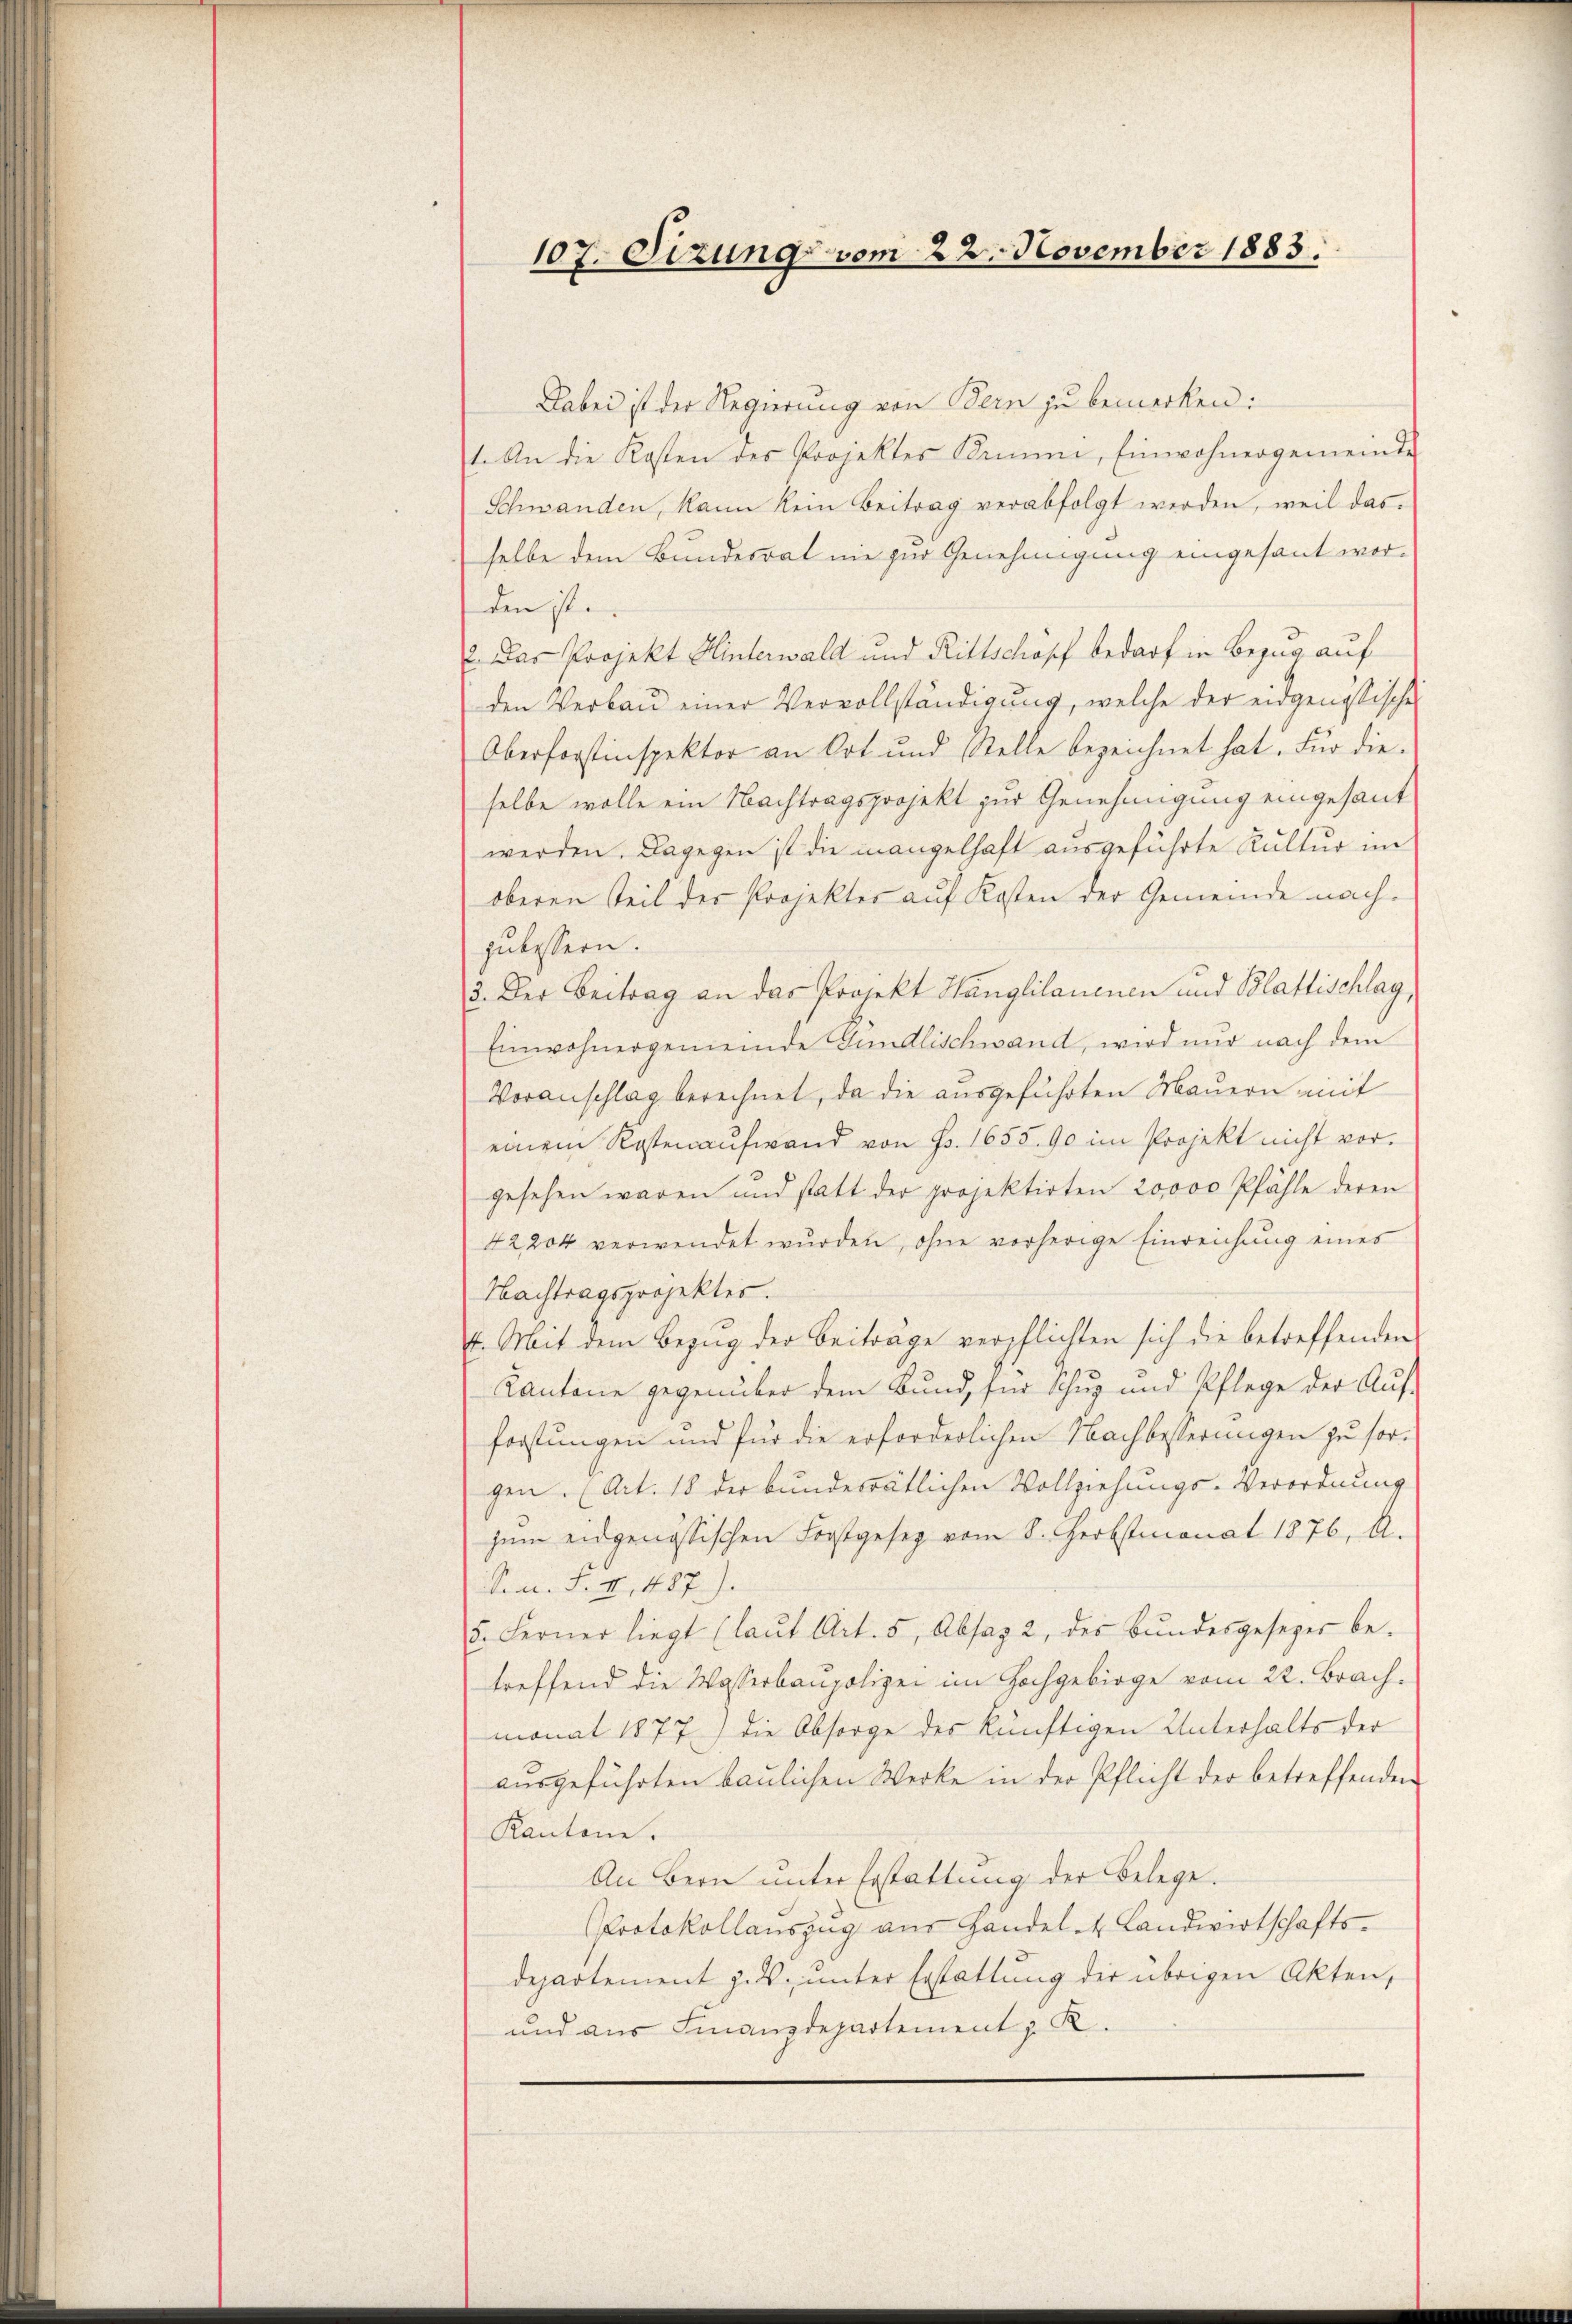
107. Sizung vom 22. November 1883.

Dabei ist der Regierung von Bern zu bemerken:
1. An die Kosten des Projektes Brini, Einwohnergemeinde
Schwanden, kann kein Beitrag verabfolgt werden, weil das
selbe dem Bundesrat nie zur Genehmigung eingesant worden ist.
2. Das Projekt Hinterwald und Rittschöpf bedarf in Bezug auf
den Verbau einer Vervollständigung, welche der eidgenössische
Oberforstinspektor an Ort und Stelle bezeichnet hat. Für dieselbe wolle ein Nachtragsprojekt zur Genehmigung eingesant
werden. Dagegen ist die mangelhaft ausgeführte Kultur im
oberen Teil der Projekter auf Kosten der Gemeinde nachgutessern.
3. Der Beitrag an das Projekt Hanglilanenen und Blattischlag
Einwohnergemeinde Gundlischwand, wird nur nach dem
Voranschlag berechnet, da die ausgeführten Mauern mit
einem Kostenaufwand von S. 1655. 90 im Projekt nicht vor.
gesehen waren und statt der projektirten 20000 Pfähle deren
42204 verwendet wurden, ohne vorherige Einreichung eines
Nachtragsprojektes.
E. Mit dem Bezug der Beiträge verpflichten sich die betreffenden
Kantone gegenüber dem Bund, für Schuz und Pflege der Aufforstungen und für die erforderlichen Nachbesserungen zu sorgen. (Art. 18 der bundesrätlichen Vollziehungs-Verordnung
zum eidgenössischen Forstgesez vom 8. Herbstmonat 1876, A.
S. n. F. II., 487.).
5. Ferner liegt (laŭt Art. 5, Absaz 2, der Bŭndesgesezer be-
treffend die Wasserbaupolizei im Hochgebirge vom 22. Brach.
monat 1877) die Obsorge des künftigen Unterhalts der
ausgeführten baulichen Werke in der Pflicht der betreffenden
Kantone.
An Bern unter Erstattung der Belege.
Protokollauszug aus Handel- & Landwirtschaftsdepartement z. B. unter Erstattung der übrigen Akten,
und aus Finanzdepartement z. K.